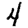
Digit: 4